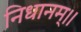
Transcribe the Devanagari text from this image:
निधानम्।।